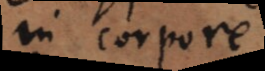
in corpore.